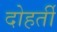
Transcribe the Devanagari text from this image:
दोहर्ती